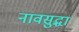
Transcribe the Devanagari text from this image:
नावसुद्धा